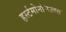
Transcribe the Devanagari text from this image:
हर्स्टमोनसिउक्स